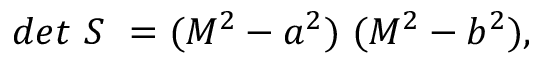
d e t ~ S ~ = ( M ^ { 2 } - a ^ { 2 } ) ~ ( M ^ { 2 } - b ^ { 2 } ) , \qquad